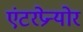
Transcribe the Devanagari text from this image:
एंटरप्रेन्योर